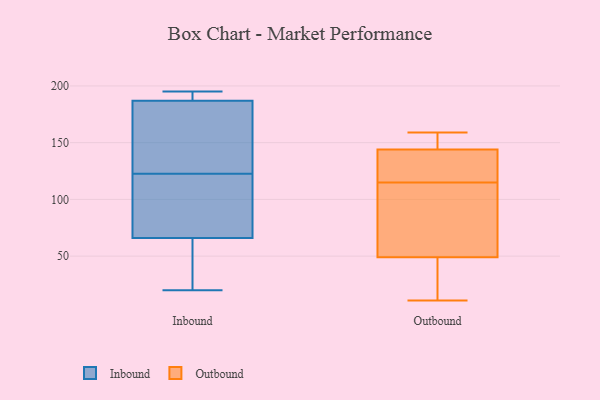
{"axis": {"x": "Satisfaction Score", "y": "Value"}, "legend": ["Inbound", "Outbound"], "data": [{"x": "", "y": 187, "type": "Inbound"}, {"x": "", "y": 194, "type": "Inbound"}, {"x": "", "y": 81, "type": "Inbound"}, {"x": "", "y": 194, "type": "Inbound"}, {"x": "", "y": 46, "type": "Inbound"}, {"x": "", "y": 188, "type": "Inbound"}, {"x": "", "y": 104, "type": "Inbound"}, {"x": "", "y": 141, "type": "Inbound"}, {"x": "", "y": 129, "type": "Inbound"}, {"x": "", "y": 129, "type": "Inbound"}, {"x": "", "y": 195, "type": "Inbound"}, {"x": "", "y": 20, "type": "Inbound"}, {"x": "", "y": 116, "type": "Inbound"}, {"x": "", "y": 72, "type": "Inbound"}, {"x": "", "y": 55, "type": "Inbound"}, {"x": "", "y": 66, "type": "Inbound"}, {"x": "", "y": 45, "type": "Inbound"}, {"x": "", "y": 134, "type": "Inbound"}, {"x": "", "y": 147, "type": "Outbound"}, {"x": "", "y": 11, "type": "Outbound"}, {"x": "", "y": 15, "type": "Outbound"}, {"x": "", "y": 121, "type": "Outbound"}, {"x": "", "y": 70, "type": "Outbound"}, {"x": "", "y": 144, "type": "Outbound"}, {"x": "", "y": 40, "type": "Outbound"}, {"x": "", "y": 159, "type": "Outbound"}, {"x": "", "y": 69, "type": "Outbound"}, {"x": "", "y": 54, "type": "Outbound"}, {"x": "", "y": 124, "type": "Outbound"}, {"x": "", "y": 128, "type": "Outbound"}, {"x": "", "y": 144, "type": "Outbound"}, {"x": "", "y": 148, "type": "Outbound"}, {"x": "", "y": 15, "type": "Outbound"}, {"x": "", "y": 115, "type": "Outbound"}, {"x": "", "y": 52, "type": "Outbound"}]}